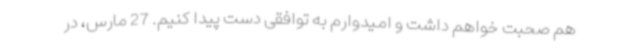
هم صحبت خواهم داشت و امیدوارم به توافقی دست پیدا کنیم. 27 مارس، در